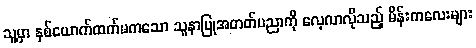
သူ့မှာ နှစ်ယောက်ထက်မကသော သူနာပြုအတတ်ပညာကို လေ့လာလိုသည့် မိန်းကလေးများ